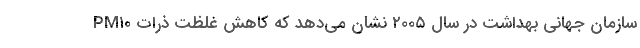
سازمان جهانی بهداشت در سال ۲۰۰۵ نشان می‌دهد که کاهش غلظت ذرات PM۱۰